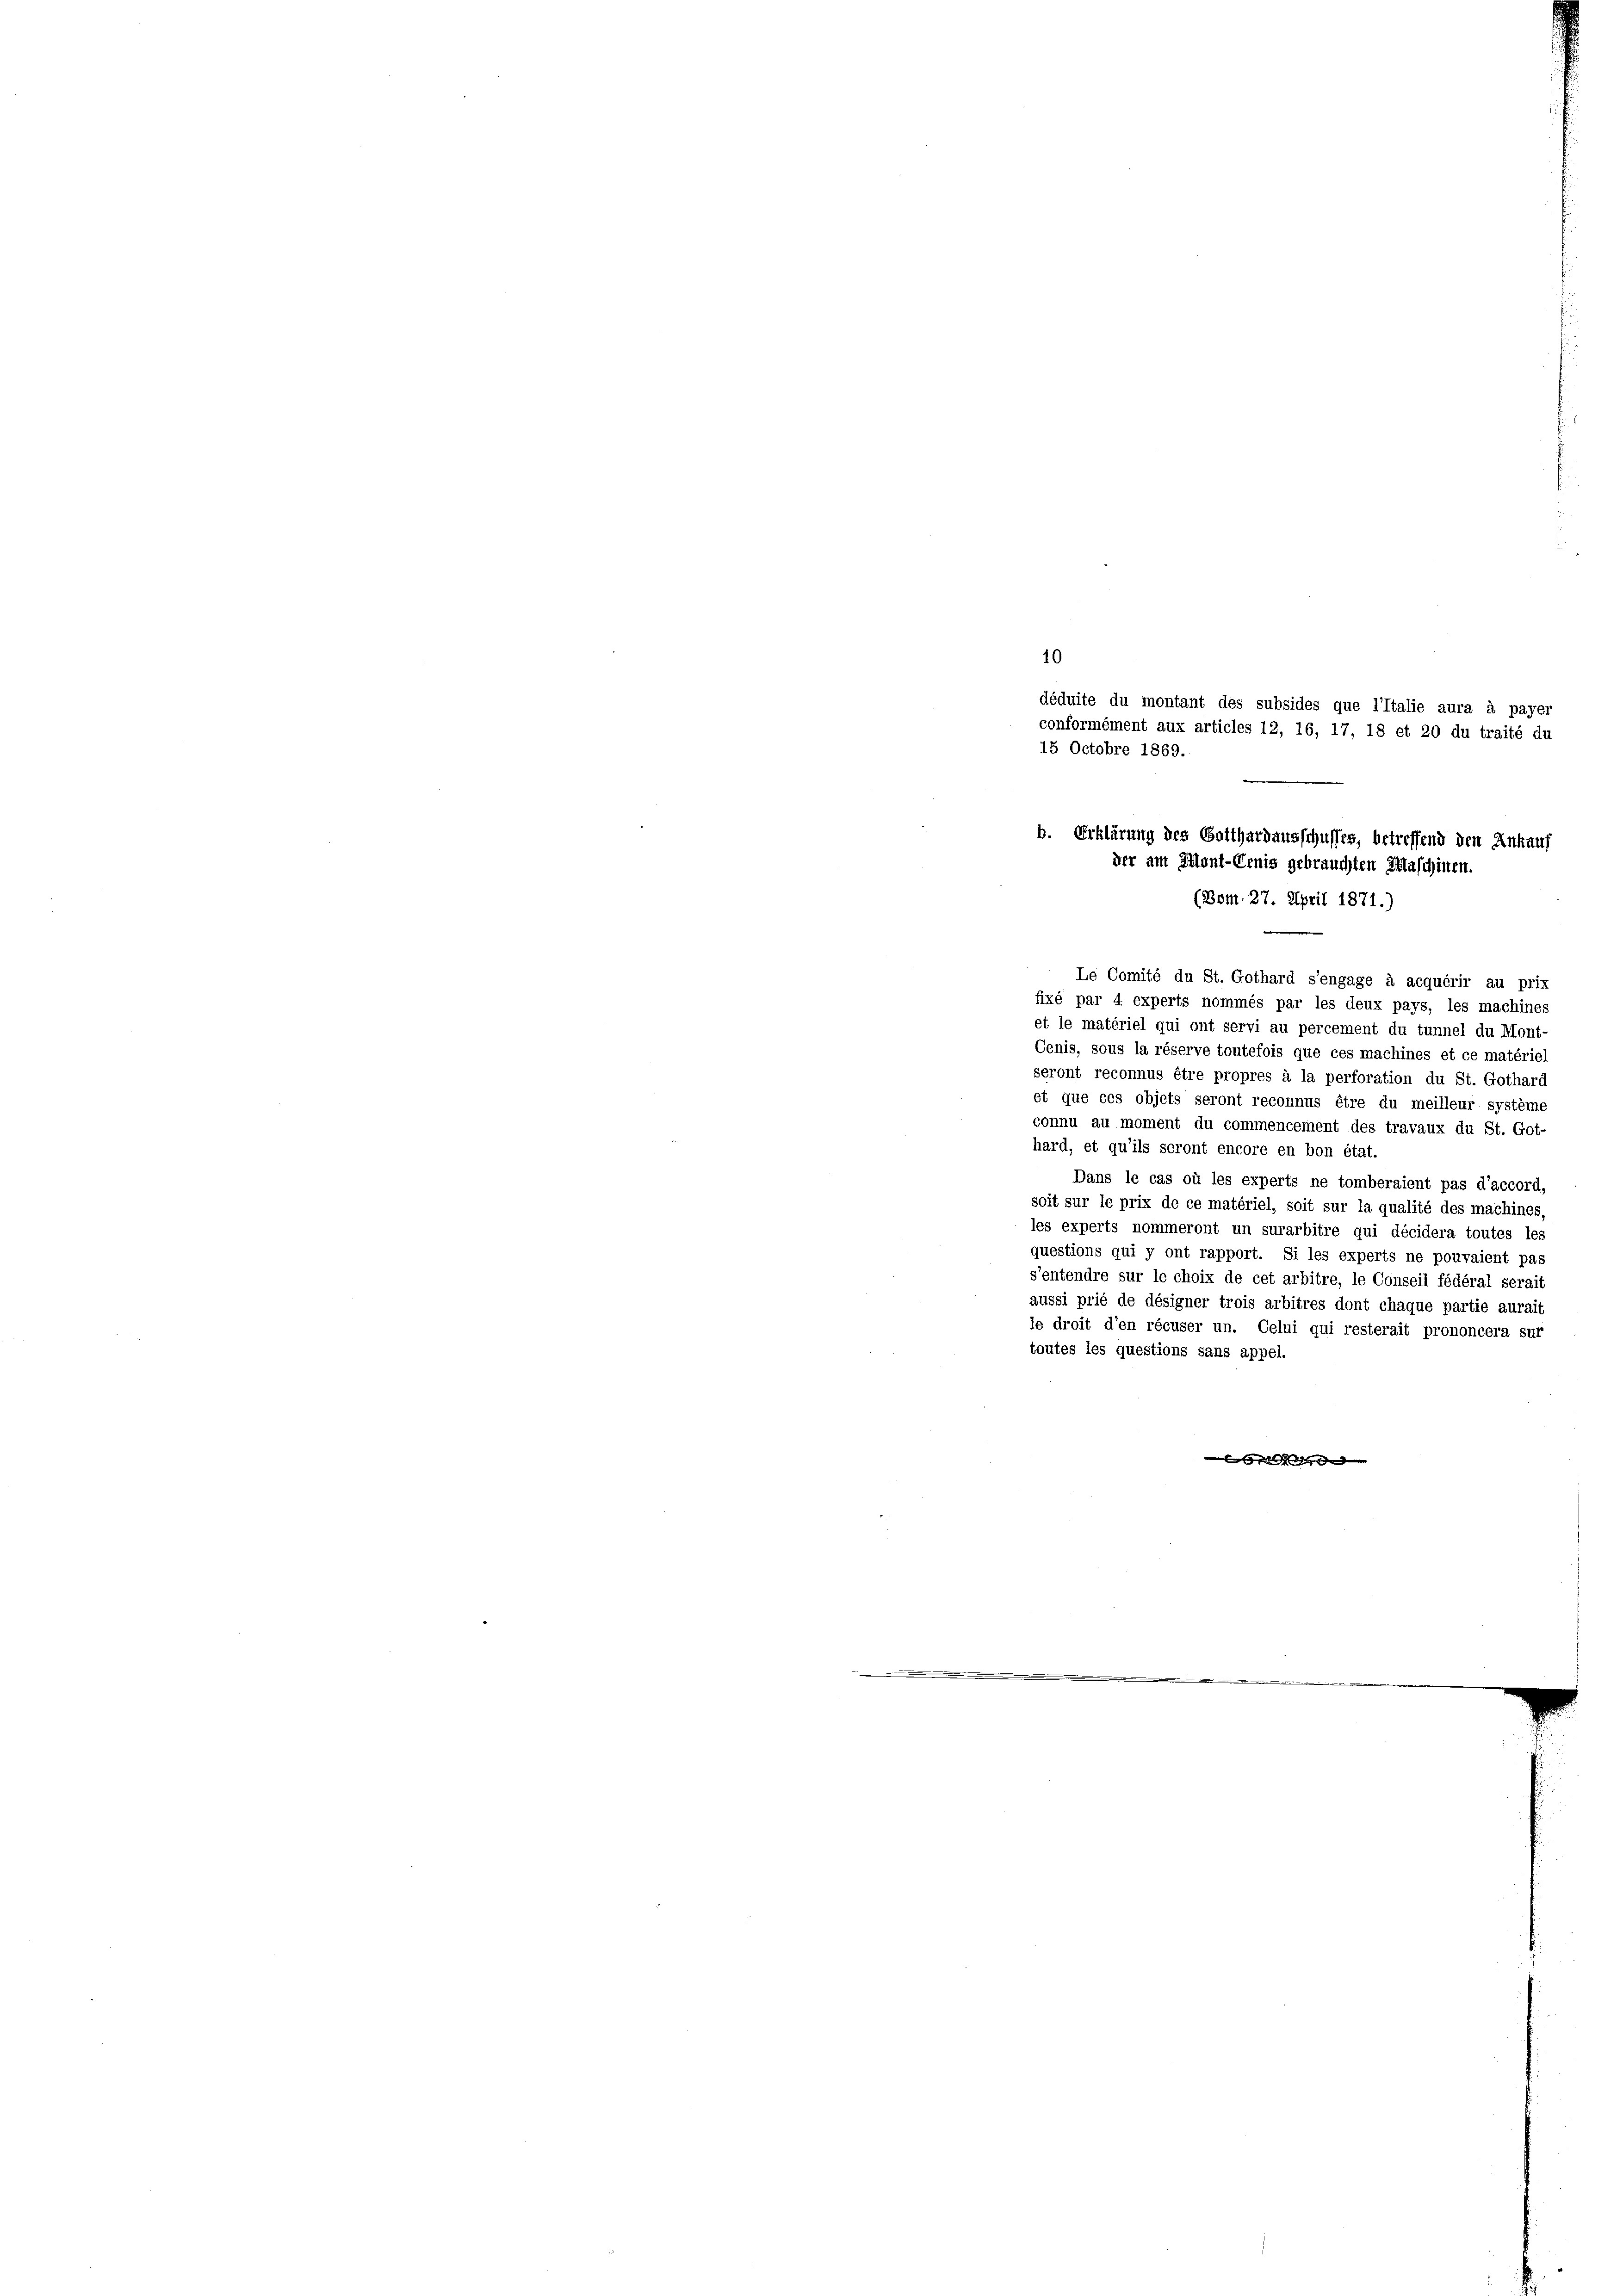
10
déduite du montant des subsides que l’Italie aura à payer
conformément aux articles 12, 16, 17, 18 et 20 du traité du
15 Octobre 1869.
b. Erklärung des Gotthardausschusses, betreffend den Ankauf
der am
Mont-Crnis gebrauchten Maschinen
(Bom. 27. April 1871.)

Le Comité du St. Gothard s’engage à acquérir au prix
fixé par 4 experts nommés par les deux pays, les machines
et le matériel qui ont servi au percement du tunnel du Mont-
Cenis, sous la réserve toutefois que ces machines et ce matériel
seront reconnus être propres à la perforation du St. Gothard
et que ces objets seront reconnus être du meilleur système
connu au moment du commencement des travaux du St. Got-
hard, et qu’ils seront encore en bon état.
Dans le cas où les experts ne tomberaient pas d’accord,
soit sur le prix de ce matériel, soit sur la qualité des machines
les experts nommeront un surarbitre qui décidera toutes les
questions qui y ont rapport. Si les experts ne pouvaient pas
s’entendre sur le choix de cet arbitre, le Conseil fédéral serait
aussi prié de désigner trois arbitres dont chaque partie aurait
le droit d’en récuser un. Celui qui resterait prononcera sul
toutes les questions sans appel.
d